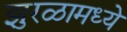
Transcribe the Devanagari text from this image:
झुरळामध्ये